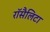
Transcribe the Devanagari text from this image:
रॉसैलिटा